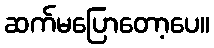
ဆက်မပြောတော့ပေ။